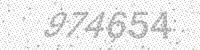
Solution: 974654